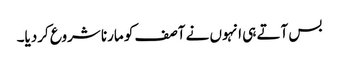
بس آتے ہی انہوں نے آصف کو مارنا شروع کردیا۔